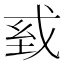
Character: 𢦾